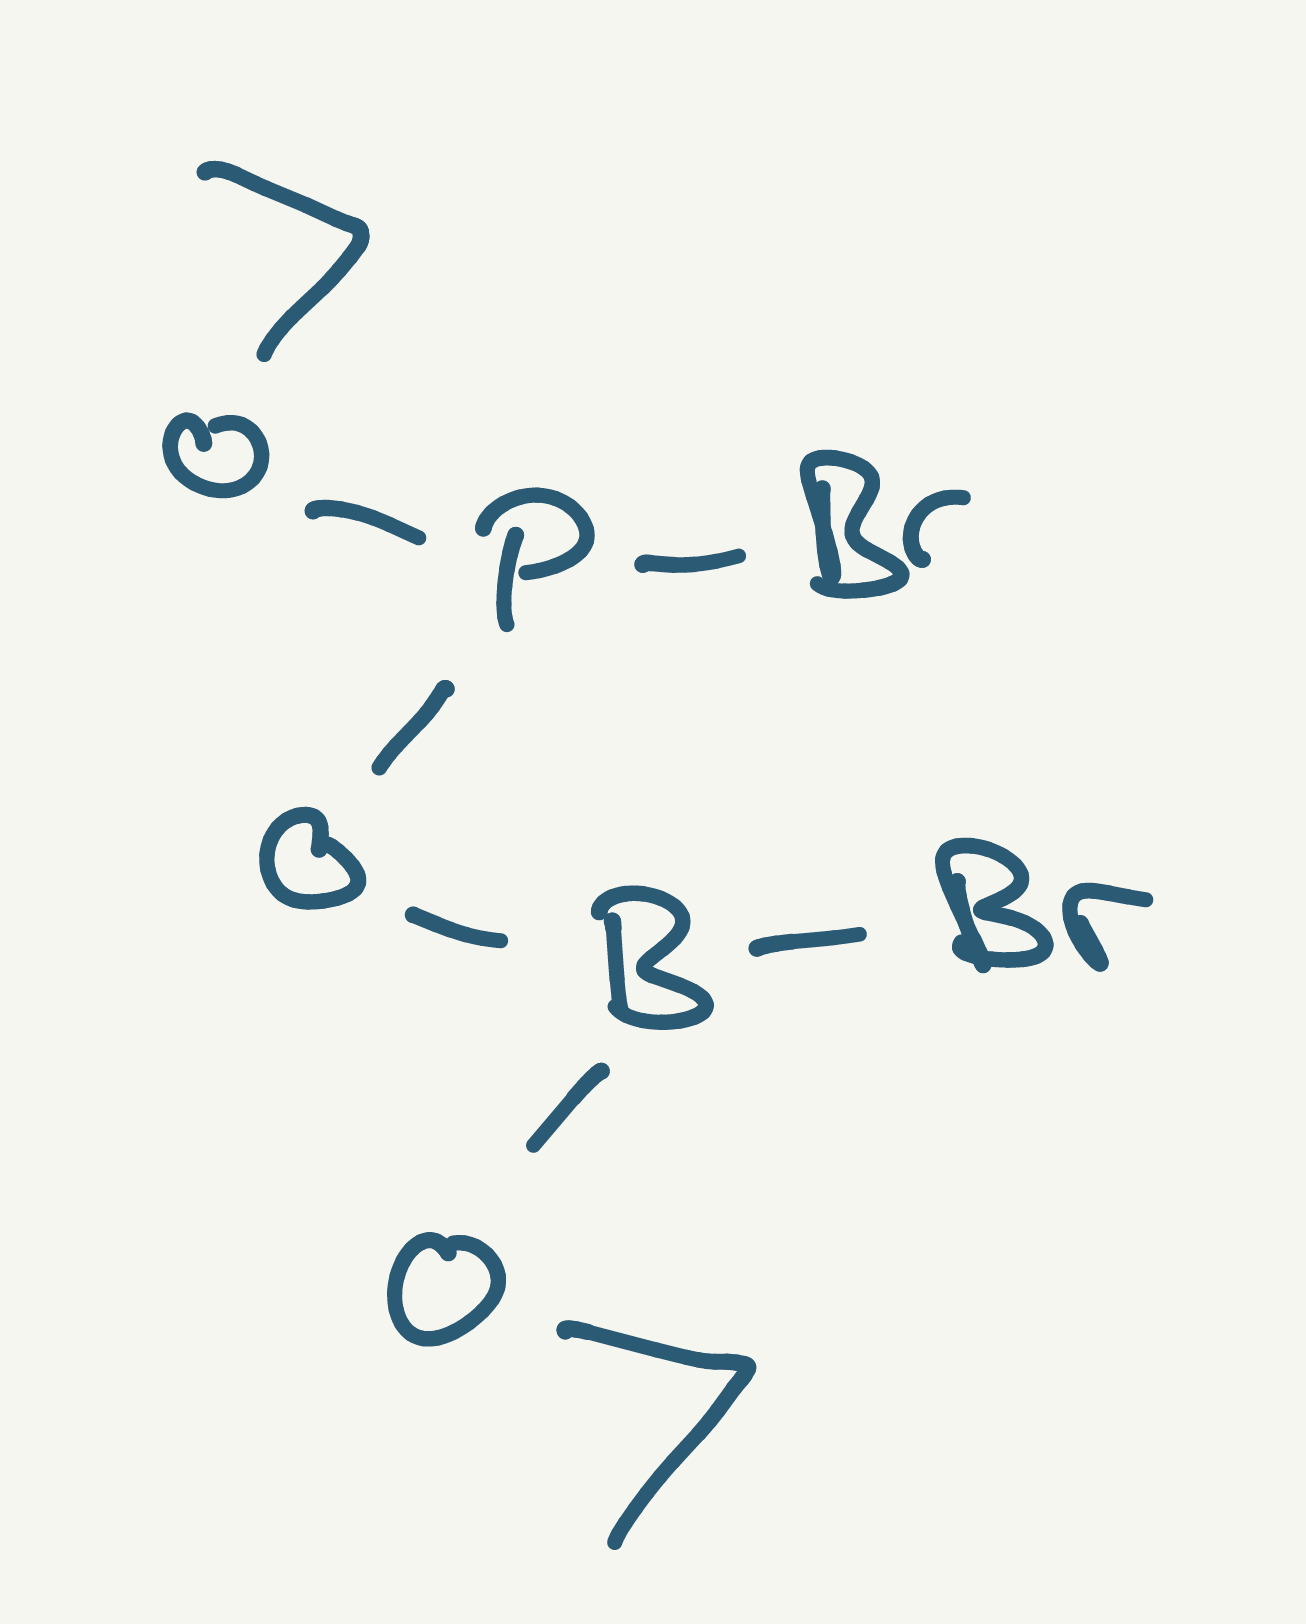
Simplified molecular-input line-entry system (SMILES) notation of the given molecule:
B(OCC)(OP(OCC)Br)Br